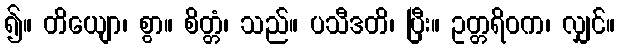
၍။ တိယျော၊ စွာ။ စိတ္တံ၊ သည်။ ပသီဒတိ၊ ပြီး။ ဥတ္တရိဝက၊ လျှင်။